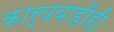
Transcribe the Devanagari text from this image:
कार्यवाहीही